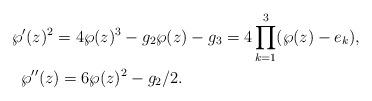
LaTeX: \begin{align*} &\wp'(z)^2 = 4\wp(z)^3 - g_2\wp(z) - g_3=4\prod_{k=1}^3(\wp(z)-e_k), \\ & \;\;\wp''(z) = 6\wp(z)^2 - g_2/2. \end{align*}